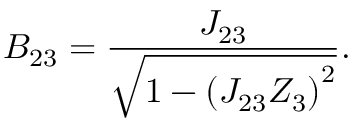
B _ { 2 3 } = \frac { J _ { 2 3 } } { \sqrt { 1 - \left( J _ { 2 3 } Z _ { 3 } \right) ^ { 2 } } } .